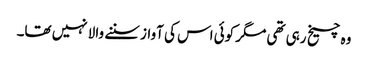
وہ چیخ رہی تھی مگر کوئی اس کی آواز سننے والا نہیں تھا۔